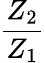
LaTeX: \frac{Z_{2}}{Z_{1}}